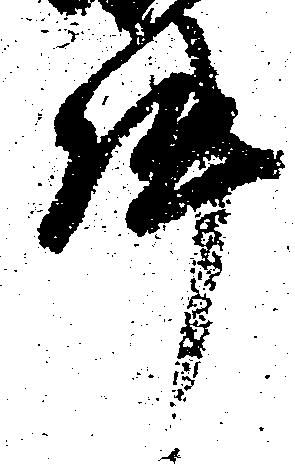
件